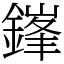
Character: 鎽